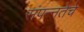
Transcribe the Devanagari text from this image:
संपन्‍नतेचे